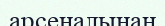
арсеналынан